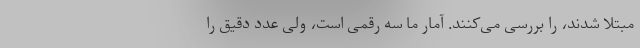
مبتلا شدند، را بررسی می‌کنند. آمار ما سه رقمی است، ولی عدد دقیق را